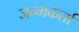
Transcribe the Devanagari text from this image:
जन्मकर्ता